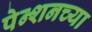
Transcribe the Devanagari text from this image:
पेन्शनच्या